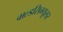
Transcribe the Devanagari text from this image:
वाल्डसिम्यूलर